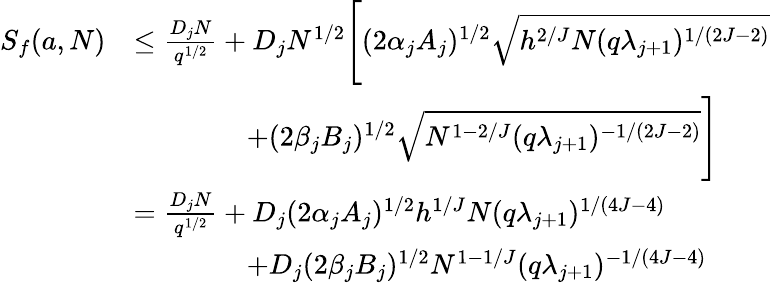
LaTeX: \begin{array}{rl}{S_{f}(a,N)}&{\le\frac{D_{j}N}{q^{1/2}}+D_{j}N^{1/2}\Bigg[(2\alpha_{j}A_{j})^{1/2}\sqrt{h^{2/J}N(q\lambda_{j+1})^{1/(2J-2)}}}\\ &{\qquad\qquad+(2\beta_{j}B_{j})^{1/2}\sqrt{N^{1-2/J}(q\lambda_{j+1})^{-1/(2J-2)}}\Bigg]}\\ &{=\frac{D_{j}N}{q^{1/2}}+D_{j}(2\alpha_{j}A_{j})^{1/2}h^{1/J}N(q\lambda_{j+1})^{1/(4J-4)}}\\ &{\qquad\qquad+D_{j}(2\beta_{j}B_{j})^{1/2}N^{1-1/J}(q\lambda_{j+1})^{-1/(4J-4)}}\end{array}